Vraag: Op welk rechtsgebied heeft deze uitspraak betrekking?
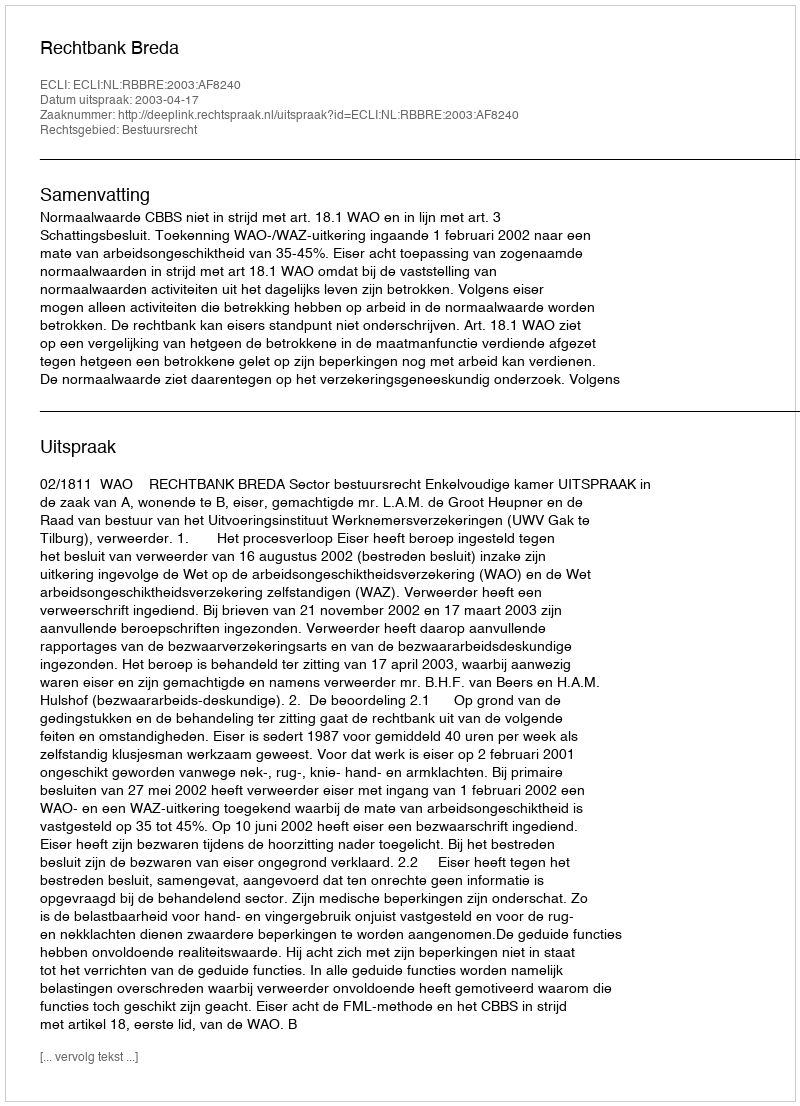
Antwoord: Bestuursrecht